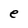
Character: e